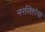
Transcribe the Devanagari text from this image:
नरसिंहांचा